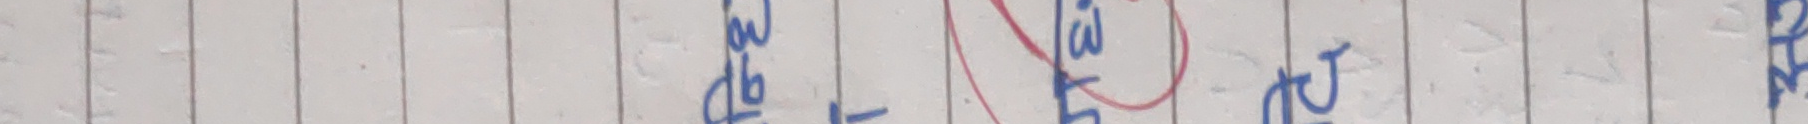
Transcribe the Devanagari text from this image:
जेन